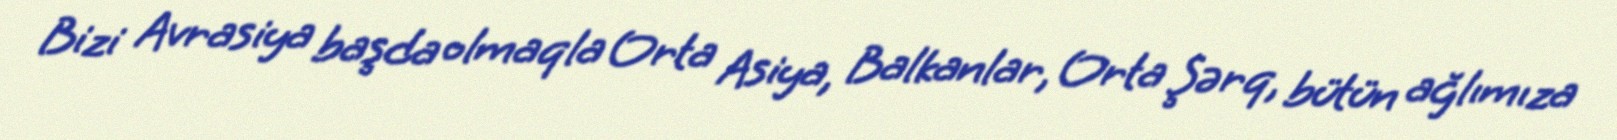
Bizi Avrasiya başda olmaqla Orta Asiya, Balkanlar, Orta Şərq, bütün ağlımıza